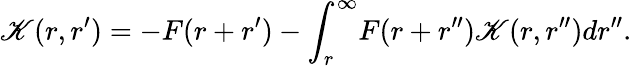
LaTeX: \mathscr{K}(r,r^{\prime})=-F(r+r^{\prime})-\int_{r}^{\infty}\! F(r+r^{\prime\prime})\mathscr{K}(r,r^{\prime\prime})dr^{\prime\prime}.